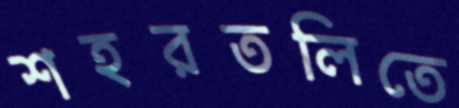
শহরতলিতে